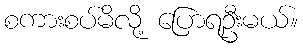
စကားစပ်မိလို့ ပြောရဦးမယ်။